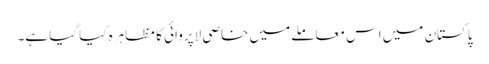
پاکستان میں اس معاملے میں خاصی لاپروائی کا مظاہرہ کیا گیا ہے۔